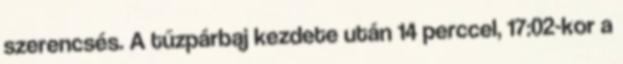
szerencsés. A tűzpárbaj kezdete után 14 perccel, 17:02-kor a